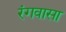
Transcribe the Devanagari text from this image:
रंगवासा